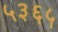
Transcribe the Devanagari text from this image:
५३६५